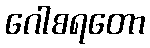
ဂေါစရတော